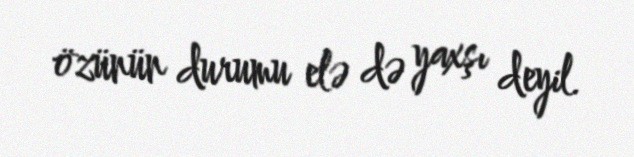
özünün durumu elə də yaxşı deyil.